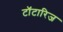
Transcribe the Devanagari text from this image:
टॉटारिज